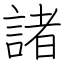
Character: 諸